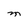
Character: M